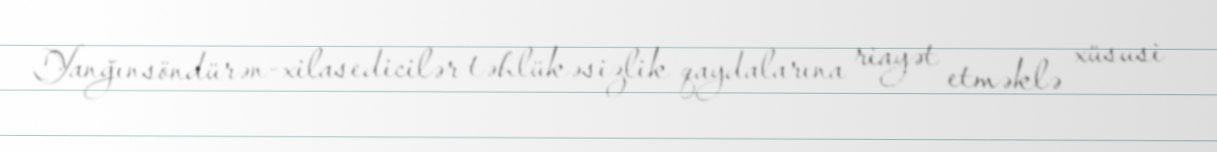
Yanğınsöndürən-xilasedicilər təhlükəsizlik qaydalarına riayət etməklə xüsusi